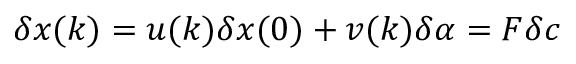
\delta x ( k ) = u ( k ) \delta x ( 0 ) + v ( k ) \delta \alpha = F \delta c